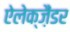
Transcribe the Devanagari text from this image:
ऐलेक्ज़ैंडर